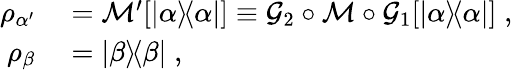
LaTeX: \begin{array}{rl}{\rho_{\alpha^{\prime}}}&{{}=\mathcal{M}^{\prime}[|\alpha\rangle\! \langle\alpha|]\equiv\mathcal{G}_{2}\circ\mathcal{M}\circ\mathcal{G}_{1}[|\alpha\rangle\! \langle\alpha|]\; ,}\\ {\rho_{\beta}}&{{}=|\beta\rangle\! \langle\beta|\; ,}\end{array}